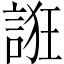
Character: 誑